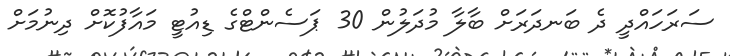
ސަރަހައްދީ ދެ ބަނދަރަށް ބާލާ މުދަލުން 30 ޕަސެންޓްގެ ޑިއުޓީ މައާފުކޮށް ދިނުމަށް